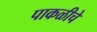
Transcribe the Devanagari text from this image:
पाकळीचे